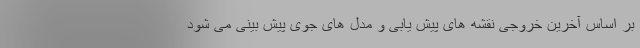
بر اساس آخرین خروجی نقشه های پیش یابی و مدل های جوی پیش بینی می شود